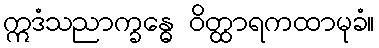
ဣဒံသညာက္ခန္ဓေ ဝိတ္ထာရကထာမုခံ။